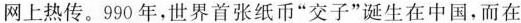
网上热传。990年，世界首张纸币”交子”诞生在中国，而在